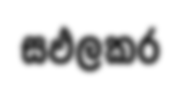
සඵලකර